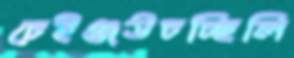
চেইঞ্জউচচ্ছিলি